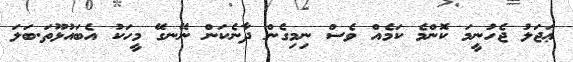
ޢަޖަލު ޖެހުނީމަ ކޮންމެ ކަމެއް ވެސް ނިމިގެން ދާނެކަން ނޭނގޭ މީހަކު އެބައުޅޫތަ.ބަލަ